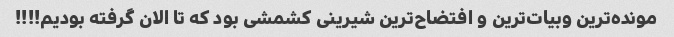
مونده‌ترین وبیات‌ترین و افتضاح‌ترین شیرینی کشمشی بود که تا الان گرفته بودیم!!!!